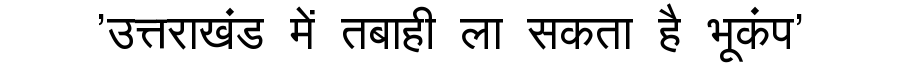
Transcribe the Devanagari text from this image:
'उत्तराखंड में तबाही ला सकता है भूकंप'